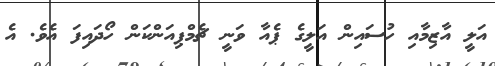
އަލީ އާޒިމާއި ހުސައިން އަލީގެ ޕެއާ ވަނީ ޗެމްޕިއަންކަން ހޯދައިފަ އެވެ. އެ